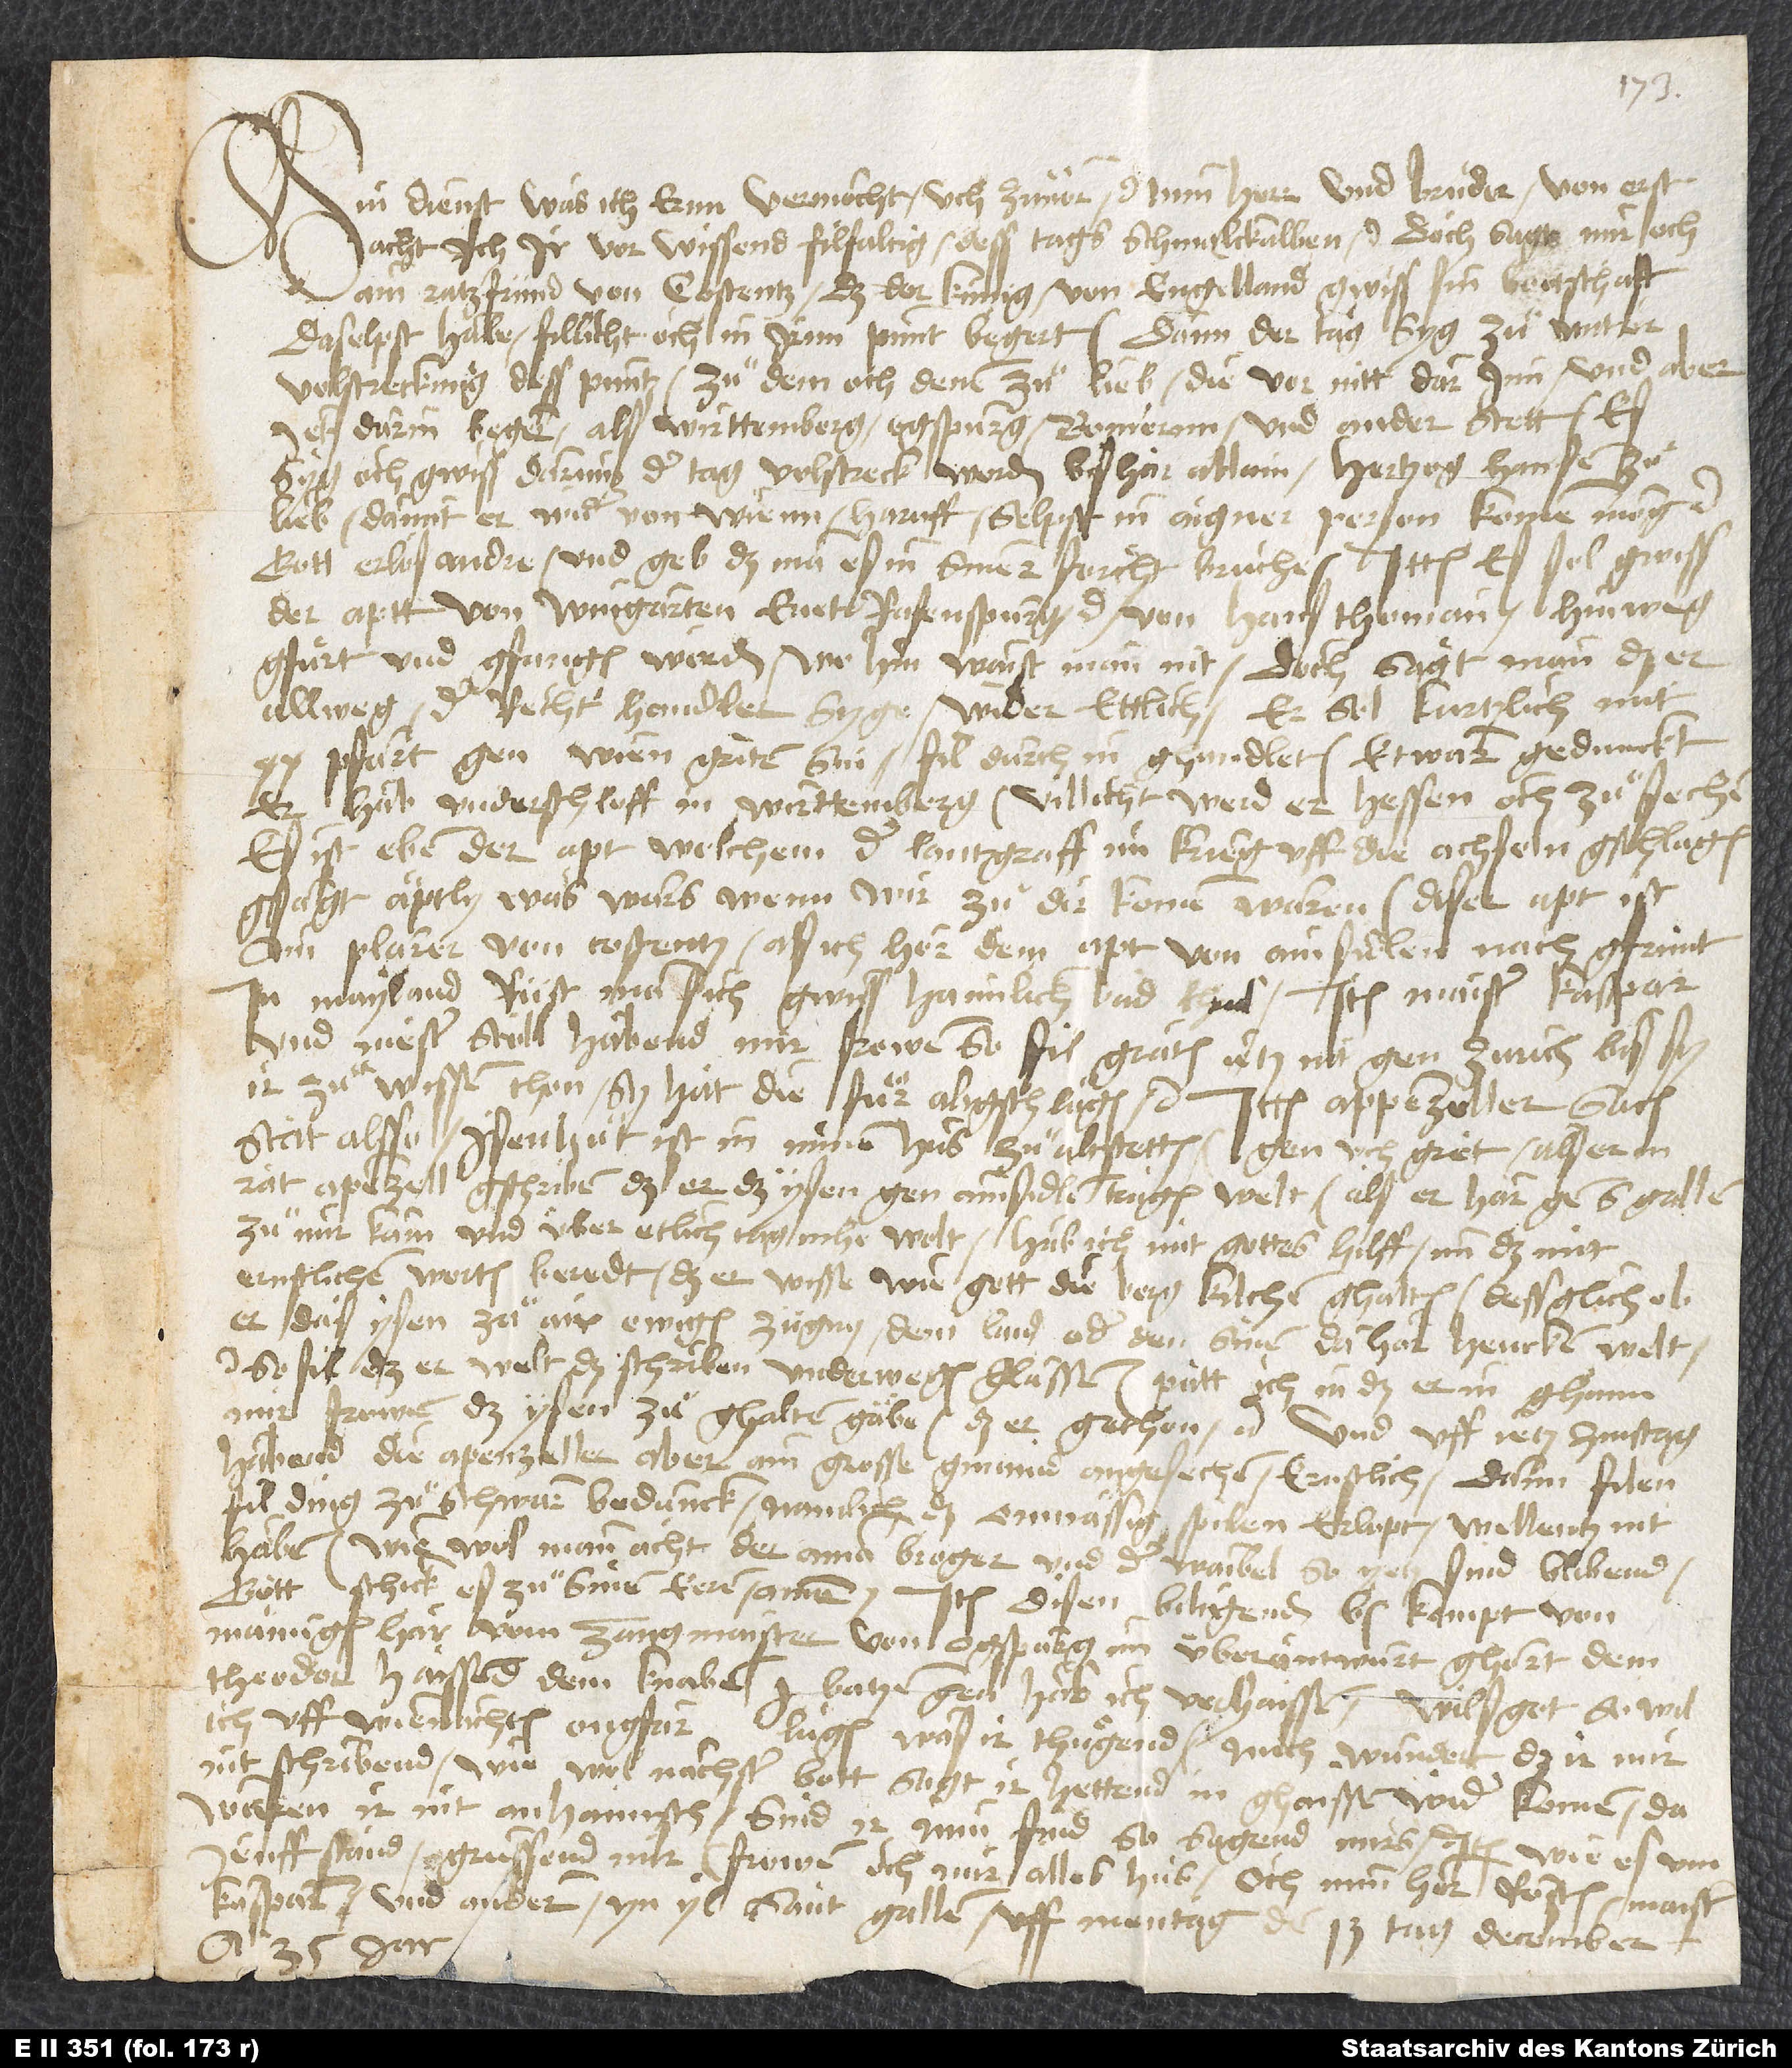
Min dienst, was ich ernn vermöcht, üch zuͦvor etc. Min herr und bruͦder, von erst
acht ich, ir vor wissend filfaltig dess tags Schmalckalden etc. Doch sagt mir och
ain ratzfründ von Costentz, daß der künig von Engelland gwiss sin bottschaft
daselpst habe, fillicht och in irnn punt begert. Dann der tag syg zuͦ wittrer
volstreckung dess puntz, zuͦ dem och denen zuͦ lieb, die vor nitt darinn, und aber
jetz darin begern, als Wirttemberg, Ogspurg, Bomerenn und ander stett. Es
syg och gwiss darum der tag volstreckt worden bishar allain hertzog Hansen zuͦ
lieb, damit er wider von Wienn haruff selpst in aigner person komen mög etc.
Gott erlös andre und geb, daß man es in siner forcht bruche etc. Ittem es sol gwiss
der aptt von Wingarten enett Rafenspurg etc. von Hans Thoman hinweg
gfuͤrt und gfangen worden; wo hin, waist man nit, doch sagt man, daß er
allweg der recht handler syge wider ettlich. Er sol kurtzlich mit
20 pfärt gen Wien griten sin, fil durch in ghandlet. Etwarn gedunckt,
er hab underschloff in Wirttemberg; villicht werd er Hessen och zuͦ sechen.
Es ist eben der apt, welchem der lantgraff im krieg uff die achseln gschlagen,
gsagt: "Äptly, was wärs, wenn wir zuͦ dir komen wären?" Diser apt ist
ain Plarer von Costentz, als ich hör, dem apt von Ainsidlen nach gfrünt.
In Mayland rüst man sich gwiss haimlich und bhend. Item maister Kaspar
und meister Stoll habend mir frowen so fil graten, jetz nit gen Zurich, bis sy
ir zuͦ wissen thon. Sy hat die fuͦr abgschlagen etc. Ittem Appenzeller sach
stat alsso: Isenhuͦt ist in minem hus zuͦ Altstetten, gen uch gret. Als erm
rat Apenzell gschriben, daß er das ysen gen Ainsidlen tragen welt; als er har gen S. Gallen
zuͦ mir kam und über etlich tag inhe wolt, hab ich mit gottes hilff imm das mit
ernstlichen worten beredt, daß er wisse, wie gott die berg kilchen ghalten, dessglich, ob
er das ysen zuͦ air ewigen zügnus dem land oder den sinen dahar hencken welt
so fil, daß er welt das schriben underwegen glassen. Patt ich in, daß er in ghaim
mir frowen das ysen zuͦ ghalten gäbe. Das er gethon etc. Und uff jetz zinstag
habend die Apenzeller aber ain grosse gmaind angesechen, ernstlich; dann filen
fil ding zuͦ schwär bedunck, namlich das onmässig spilen erlopt; wellentz nit
haben. Wie wol man acht, der aman Broger und der waibel, so yetz sind, blibend.
Gott schick es zuͦ sinen eren. Amen. Item disen biligenden b kompt von
Mämingen har, vom Zangmaister, von Ogspurg im überantwurt. Ghört dem
Theodor. Haissend dem knaben 1 batzen gen; hab ich verhaissen. Wills got, so wil
ich uff wienachten ongfar luͦgen, was ir thuͤgend. Mich wundert, daß ir mir
nit schribend, wie wol nächster bott sagt, ir hettend in ghaissen wider komen; da
waren ir nit anhaimsch. Sind ir min find, so sagend mirs. Item wie es um
Jenff stand. Gruͤssend mir frowen och mir alles hus, och min her Rösten, maister
Kasparn und ander. Yn yl, Sant Gallen, uff mentag, den 13. tag december
anno 35. jar.